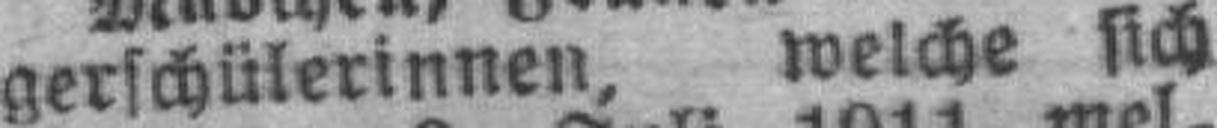
gerschülerinnen, welche sich